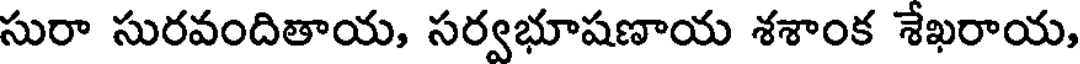
సురా సురవందితాయ, సర్వభూషణాయ శశాంక శేఖరాయ,